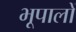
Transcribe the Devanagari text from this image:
भूपालों